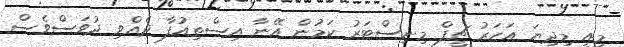
މިއީ މިދިޔަ އަހަރު ޗީފް މިނިސްޓަރު ކަމުން އޭނާ އިސްތިއުފާ ދެއްވި ދުވަސްވެސް